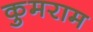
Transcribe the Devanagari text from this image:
कुमराम